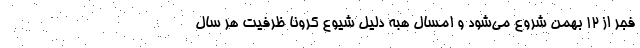
فجر از 12 بهمن شروع می‌شود و امسال هبه دلیل شیوع کرونا ظرفیت هر سال